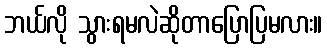
ဘယ်လို သွားရမလဲဆိုတာပြောပြမလား။